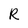
Character: R